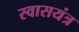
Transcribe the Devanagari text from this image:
स्वासयंत्र